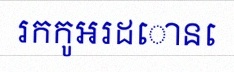
រកកូអរដោនេ